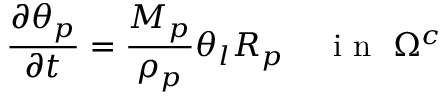
\frac { \partial \theta _ { p } } { \partial t } = \frac { M _ { p } } { \rho _ { p } } \theta _ { l } R _ { p } \, \, \, \, \, \, \, \mathrm { ~ i ~ n ~ } \, \, \Omega ^ { c }